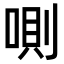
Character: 𠷌